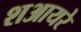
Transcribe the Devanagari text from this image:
शआयरे